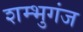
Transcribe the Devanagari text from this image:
शम्भुगंज